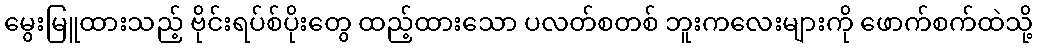
မွေးမြူထားသည့် ဗိုင်းရပ်စ်ပိုးတွေ ထည့်ထားသော ပလတ်စတစ် ဘူးကလေးများကို ဖောက်စက်ထဲသို့